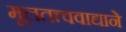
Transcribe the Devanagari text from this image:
मूलतत्त्ववाद्याने